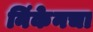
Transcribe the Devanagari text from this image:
निंकेनचा